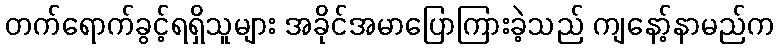
တက်ရောက်ခွင့်ရရှိသူများ အခိုင်အမာပြောကြားခဲ့သည် ကျနော့်နာမည်က